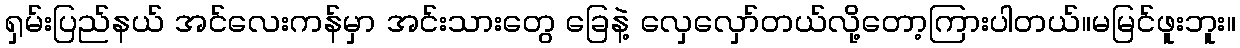
ရှမ်းပြည်နယ် အင်လေးကန်မှာ အင်းသားတွေ ခြေနဲ့ လှေလှော်တယ်လို့တော့ကြားပါတယ်။မမြင်ဖူးဘူး။